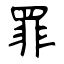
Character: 罪